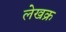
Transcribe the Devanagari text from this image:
लेखक्र